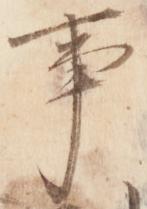
事